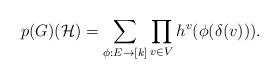
LaTeX: \begin{align*}p(G)(\mathcal{H})=\sum_{\phi:E\to [k]}\prod_{v\in V} h^{v}(\phi(\delta(v))).\end{align*}